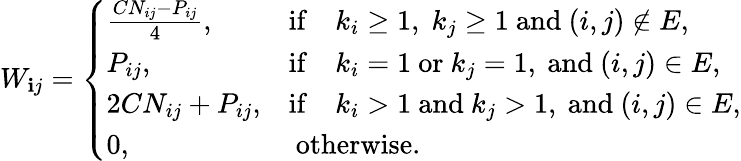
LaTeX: W_{\mathbf{i}j}=\left\{ \begin{array}{ll}{\frac{CN_{ij}-P_{ij}}{4},}&{\mathrm{if}\quad k_{i}\ge 1,\; k_{j}\ge 1\mathrm{~and~}(i,j)\notin E,}\\ {P_{ij},}&{\mathrm{if}\quad k_{i}=1\mathrm{~or~}k_{j}=1,\mathrm{~and~}(i,j)\in E,}\\ {2CN_{ij}+P_{ij},}&{\mathrm{if}\quad k_{i}>1\mathrm{~and~}k_{j}>1,\mathrm{~and~}(i,j)\in E,}\\ {0,}&{\mathrm{~otherwise.}}\end{array}\right.